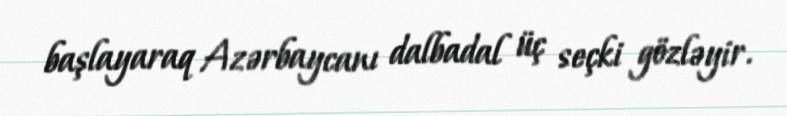
başlayaraq Azərbaycanı dalbadal üç seçki gözləyir.